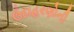
ઉદાહરણોની